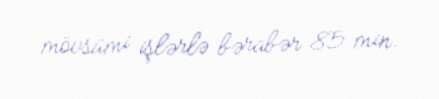
mövsümi işlərlə bərabər 85 min.